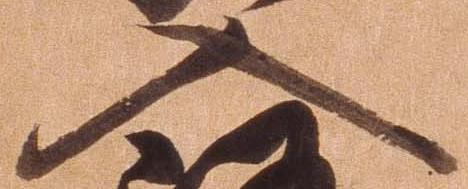
入